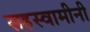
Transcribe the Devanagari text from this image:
सहस्वामीनी